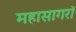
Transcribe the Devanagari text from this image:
महासागरॉ